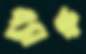
ব্যাঙ্ক